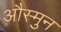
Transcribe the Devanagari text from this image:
औस्मुन